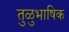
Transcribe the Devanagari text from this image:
तुळुभाषिक